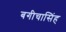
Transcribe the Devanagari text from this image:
बगीचासिंह